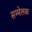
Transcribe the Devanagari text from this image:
सम्मेलक